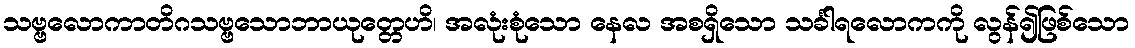
သဗ္ဗလောကာတိဂသဗ္ဗသောဘာယုတ္တေဟိ၊ အလုံးစုံသော နေလ အစရှိသော သင်္ခါရလောကကို လွန်၍ဖြစ်သော